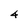
Character: 4